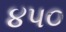
૪પ૦